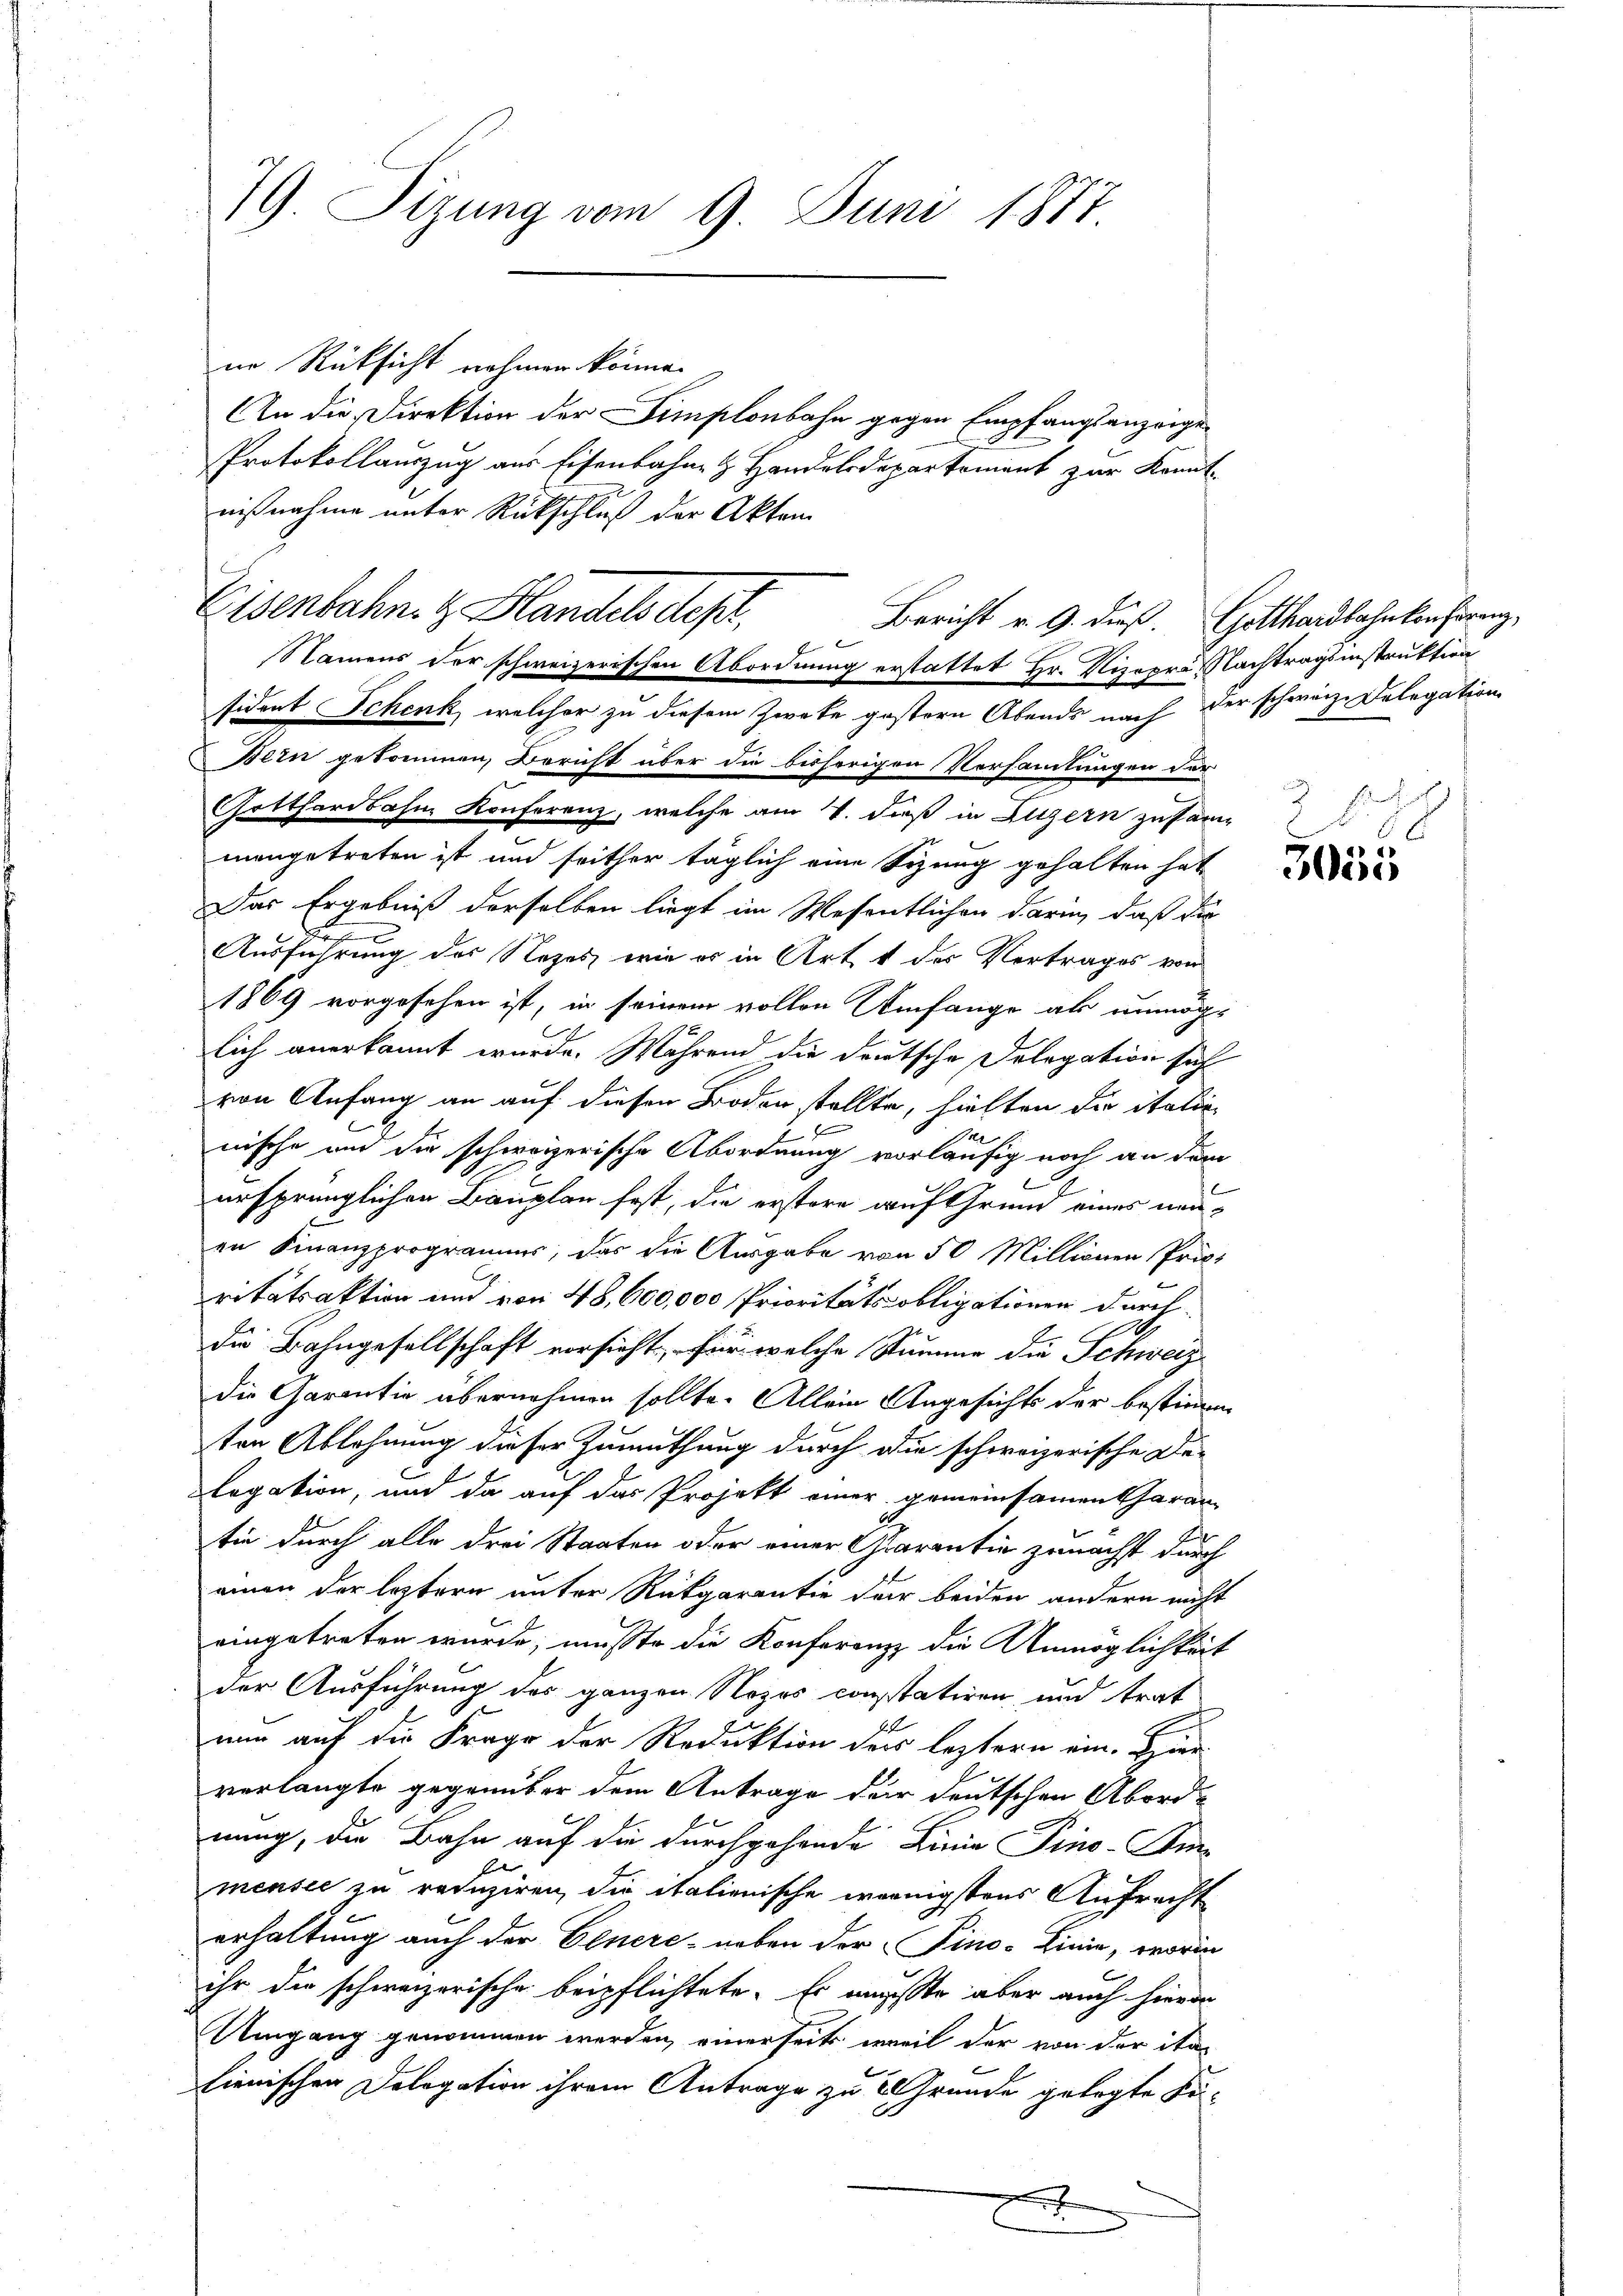
79 Sizung vom 9. Juni 1877.

nn Rücksicht nehmen könne.
An die Direktion der Simplonbahn gegen Empfangsanzeige
Protokollauszug aus Eisenbahne & Handelsdepartement zur Kennt-
nißnahme unter Rückschluß der Akten
Eisenbahn. Z. Blandels dept.
sident Schenk, welcher zu diesem Zwecke gestern Abends nach der schweiz. Dolegation
Bein gekommen, Bericht über die bisherigen Vorsamlungen der
Gotthardbahn Konferenz, welche am 7. dieß in Luzern zusammangetreten ist und seither täglich eine Sizung gehalten hat
Das Ergebniß derselben liegt im Wesentlichen darin, daß die
m
.
Ausführung des Nezes wie es in Art. 1 der Vertrages von
1869 vorgesehen ist, in seinem vollen Umfange als unmöglich anerkannt wurde. Während die deutsche Delegation sich
von Anfang an auf diesen Boden stellte, hielten die itatire
nische und die schweizerische Abordnung vorläufig noch an dem
2
ursprünglichen Bauplan fest, die erstere auf Grund eines neuin Finanzprogrammer, das die Ausgabe von 50 Millionen Priritätsaktion und von 48, 600,000 Prioritätspobligationen durch
die Bahngesellschaft vorsicht, für welche Stumme die Schweiz
die Garantie übernehmen sollte. Allein Angesichts der bestimme
ten Ablehnung dieser Zumuthung durch die schweizerische De-
legation, und da auf das Projekt einer gemeinsamentaran
2
tie durch alle drei Staaten oder einer Garantie zunächst durch
einen der leztern unter Rükgarantie für beiden andern nicht
eingetreten wurde, musste die Konferenz die Unmöglichkeit
der Ausführung des ganzen Nozes constatiren und trat
nun auf die Frage der Reduktion der leztern ein. Hier
verlangte gegenüber dem Antrage der deutschen Abord-
nung, die Bahn auf die Durchgehende Linie Pino-Dir
mensee zu reduziren, die italienische wenigstens Aufrecht
erhaltung auch der Einere - neben der Fino- Linie, worin
ihr die schweizerische beipflichtete. Es musste aber auch hievon
Umgang genommen werden, einerseits weil der von der ita-
lienischen Dologation ihrem Antrage zu Grunde gelegte Re¬
E

E
Namens der schweizerischen Abordnung erstattet Hr. Nizopre Nachtragsinstruktion

Bericht v. 9. dieß. Gotthardbahnkonferenz,

1

268

3055